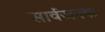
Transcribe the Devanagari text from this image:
सार्वजनक